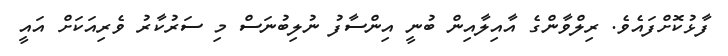
ފާޅުކޮށްފައެވެ. ރިލްވާންގެ އާއިލާއިން ބުނީ އިންސާފު ނުލިބުނަސް މި ސަރުކާރު ވެރިއަކަށް އައީ